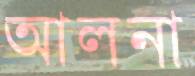
আলনা